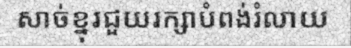
សាច់ខ្នុរជួយរក្សាបំពង់រំលាយ